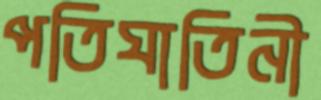
পতিঘাতিনী